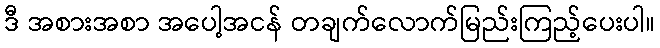
ဒီ အစားအစာ အပေါ့အငန် တချက်လောက်မြည်းကြည့်ပေးပါ။